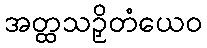
အတ္ထသဉှိတံယေဝ